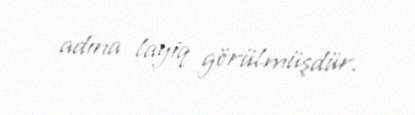
adına layiq görülmüşdür.